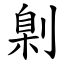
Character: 㓷